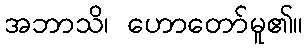
အဘာသိ၊ ဟောတော်မူ၏။